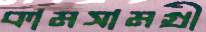
কামসামগ্রী